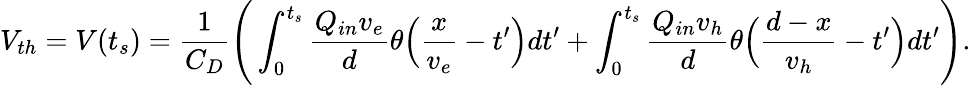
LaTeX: V_{th}=V(t_{s})=\frac{1}{C_{D}}\Bigg(\int_{0}^{t_{s}}\frac{Q_{in}v_{e}}{d}\theta\Big(\frac{x}{v_{e}}-t^{\prime}\Big)dt^{\prime}+\int_{0}^{t_{s}}\frac{Q_{in}v_{h}}{d}\theta\Big(\frac{d-x}{v_{h}}-t^{\prime}\Big)dt^{\prime}\Bigg).